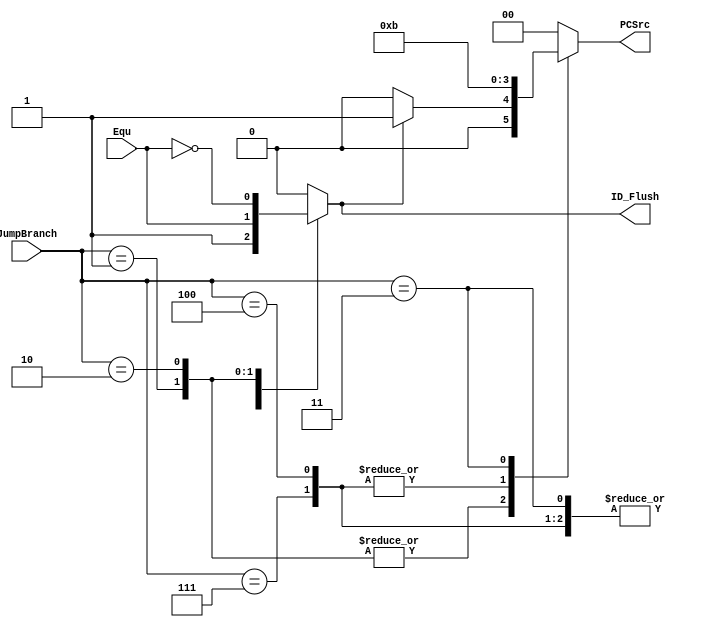
`timescale 1ns / 1ps
//////////////////////////////////////////////////////////////////////////////////
// Company: 
// Engineer: 
// 
// Design Name: 
// Module Name: Jump_Unit
// Project Name: 
// Target Devices: 
// Tool Versions: 
// Description: 
// 
// Dependencies: 
// 
// Revision:
// Revision 0.01 - File Created
// Additional Comments:
// 
//////////////////////////////////////////////////////////////////////////////////


module Jump_Unit(
    input [2:0] JumpBranch,
    input Equ,
    output reg ID_Flush,
    output reg [1:0] PCSrc
    );
    
    parameter BEQ = 3'd1, BNE = 3'd2, JR = 3'd3, J = 3'd4, JAL = 3'd7, OTHERS = 3'd0;
    
    // IR_Flush
    always @(*)
        case(JumpBranch)
            JR, J, JAL: ID_Flush <= 1'b1;
            BEQ:        ID_Flush <= Equ;
            BNE:        ID_Flush <= ~Equ;
            default:    ID_Flush <= 1'b0;
        endcase
        
    // PCSrc
    always @(*)
        case(JumpBranch)
            BEQ, BNE: PCSrc <= (ID_Flush) ?  2'd1 : 2'd0;
            J, JAL: PCSrc <= 2'd2;
            JR: PCSrc <= 2'd3;
            default: PCSrc<= 2'd0; 
        endcase
     
endmodule